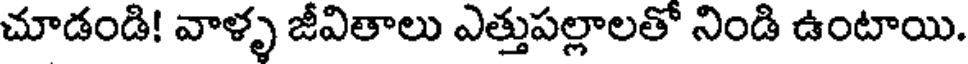
చూడండి! వాళ్ళ జీవితాలు ఎత్తుపల్లాలతో నిండి ఉంటాయి.